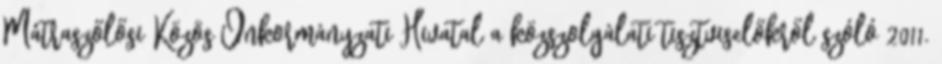
Mátraszőlősi Közös Önkormányzati Hivatal a közszolgálati tisztviselőkről szóló 2011.